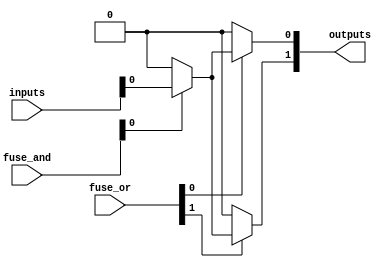
module fuse_based_PLA (
    input wire [N-1:0] inputs,         // N input lines
    input wire [M-1:0] fuse_and,       // M fuses for AND plane
    input wire [P-1:0] fuse_or,        // P fuses for OR plane
    output wire [Q-1:0] outputs        // Q output lines
);

parameter N = 4;                      // Number of inputs
parameter M = 4;                      // Number of AND gates
parameter P = 3;                      // Number of OR gates
parameter Q = 2;                      // Number of outputs

// Internal wires for AND gate outputs
wire [M-1:0] and_out;

// AND Plane: Each AND gate output is determined by the fuses
genvar i, j;
generate
    for (i = 0; i < M; i = i + 1) begin : and_gate
        assign and_out[i] = (fuse_and[i] ? inputs[0] : 1'b0) & // Input 0
                            (fuse_and[i + M] ? inputs[1] : 1'b1) & // Input 1
                            (fuse_and[i + 2*M] ? inputs[2] : 1'b1) & // Input 2
                            (fuse_and[i + 3*M] ? inputs[3] : 1'b1);   // Input 3
    end
endgenerate

// OR Plane: Each output is determined by the fuses connecting AND gates to outputs
generate
    for (j = 0; j < Q; j = j + 1) begin : or_gate
        assign outputs[j] = (fuse_or[j] ? and_out[0] : 1'b0) | // AND gate 0
                            (fuse_or[j + P] ? and_out[1] : 1'b0) | // AND gate 1
                            (fuse_or[j + 2*P] ? and_out[2] : 1'b0) | // AND gate 2
                            (fuse_or[j + 3*P] ? and_out[3] : 1'b0);   // AND gate 3
    end
endgenerate

endmodule